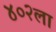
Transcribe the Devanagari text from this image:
४०२ला